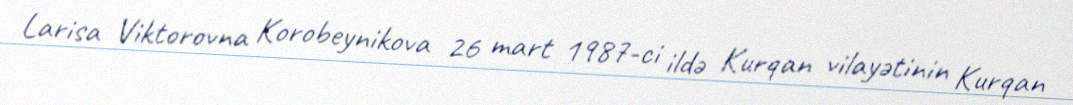
Larisa Viktorovna Korobeynikova 26 mart 1987-ci ildə Kurqan vilayətinin Kurqan